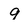
Character: 9